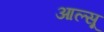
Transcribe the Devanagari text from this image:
आल्सू